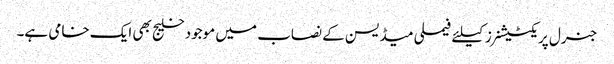
جنرل پریکٹیشنرز کیلئے فیملی میڈیسن کے نصاب میں موجود خلیج بھی ایک خامی ہے۔